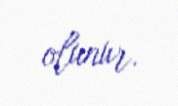
olunur.